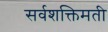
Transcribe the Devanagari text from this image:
सर्वशक्तिमती